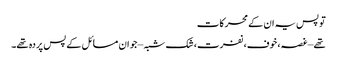
تو پس یہ ان کے محرکات
تھے – غصہ، خوف، نفرت، شک شبہ – جو ان مسائل کے پس پردہ تھے۔